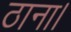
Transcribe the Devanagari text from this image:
ठाना।